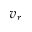
v _ { r }